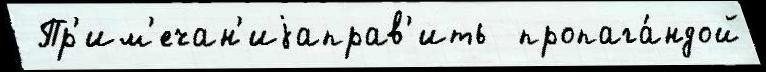
 Пр'им'ечан'иjаправ'ить  пропага́ндой